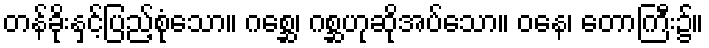
တန်ခိုးနှင့်ပြည့်စုံသော။ ဂစ္ဆေ၊ ဂစ္ဆဟုဆိုအပ်သော။ ဝနေ၊ တောကြီး၌။